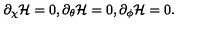
\partial _ { \chi } { \cal H } = 0 , \partial _ { \theta } { \cal H } = 0 , \partial _ { \phi } { \cal H } = 0 .